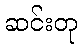
ဆင်းတု